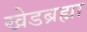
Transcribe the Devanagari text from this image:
खेडब्रह्मा